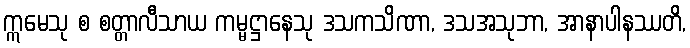
ဣမေသု စ စတ္တာလီသာယ ကမ္မဋ္ဌာနေသု ဒသကသိဏာ, ဒသအသုဘာ, အာနာပါနဿတိ,